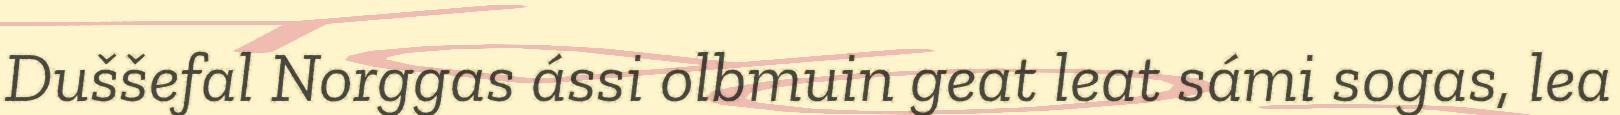
Duššefal Norggas ássi olbmuin geat leat sámi sogas, lea